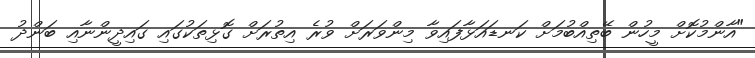
"އާންމުކޮށް މީހުން ބޭތިއްބުމަށް ކަނޑައަޅާފައިވާ މިންވަރަށް ވުރެ އިތުރަށް ގޮޅިތަކުގައި ގައިދީންނާއި ބަންދު